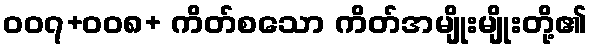
၀၀၇+၀၀၈+ ကိတ်စသော ကိတ်အမျိုးမျိုးတို့၏